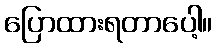
ပြောထားရတာပေါ့။